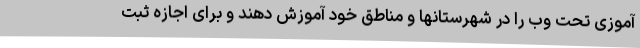
آموزی تحت وب را در شهرستانها و مناطق خود آموزش دهند و برای اجازه ثبت